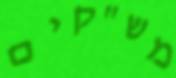
מש"קים